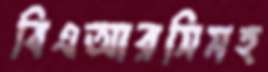
বিএআরসিসহ